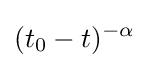
(t_{0}-t)^{-\alpha }